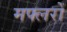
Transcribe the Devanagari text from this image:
मफ्लरों